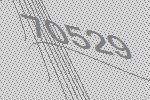
70529